Report on vaccination in the Province of Bengal - 1869-1873
Year: 1869
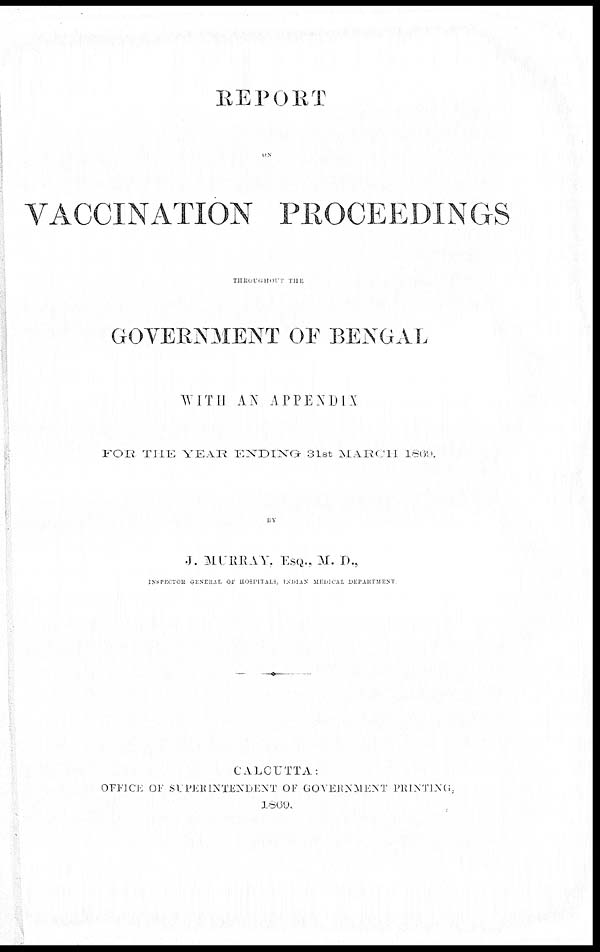
REPORT
ON
VACCINATION PROCEEDINGS
THROUGHOUT THE
GOVERNMENT OF BENGAL
WITH AN APPENDIX
FOR THE YEAR ENDING
31st MARCH 1869.
BY
J. MURRAY. ESQ., M. D.,
INSPECTOR
GENERAL OF HOSPITALS, INDIAN MEDICAL DEPARTMENT
CALCUTTA:
OFFICE OF SUPERINTENDENT OF GOVERNMENT PRINTING
1869.